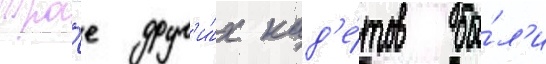
Тро́е друг'и́х кад'е́тов бы́л'и